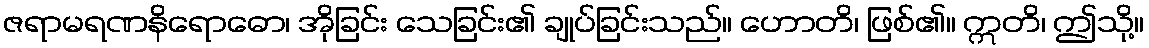
ဇရာမရဏနိရောဓော၊ အိုခြင်း သေခြင်း၏ ချုပ်ခြင်းသည်။ ဟောတိ၊ ဖြစ်၏။ ဣတိ၊ ဤသို့။